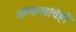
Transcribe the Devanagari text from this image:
शरणागतांचेही